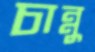
চান্নু